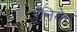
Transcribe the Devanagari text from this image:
अॅनियेन